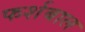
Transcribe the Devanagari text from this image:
फर्शबाल